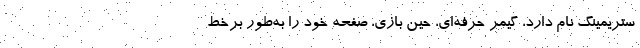
ستریمینگ نام دارد، گیمر حرفه‌ای، حین بازی، صفحه خود را به‌طور برخط